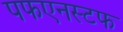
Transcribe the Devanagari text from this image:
पफएनस्टफ